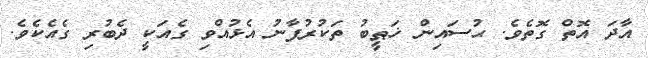
އާދަ އޮތް ގޮތެވެ. ޙުސައިން ޚަޠީބު ތަކުރުފާނު އެޅުއްވި ގެއަކީ ދެބުރި ގެއެކެވެ.